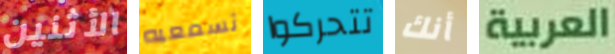
الأثنين تسمعيه تتحركوا أنك العربية